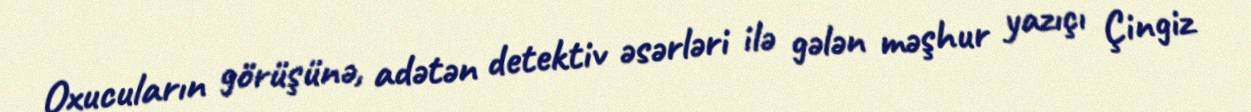
Oxucuların görüşünə, adətən detektiv əsərləri ilə gələn məşhur yazıçı Çingiz